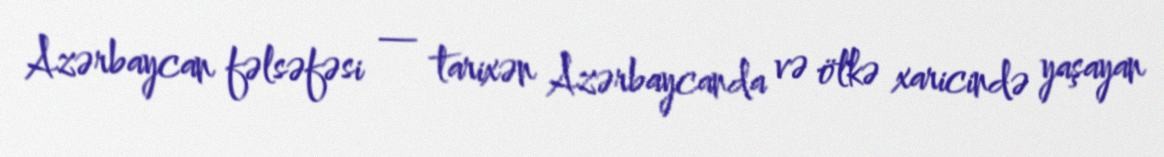
Azərbaycan fəlsəfəsi — tarixən Azərbaycanda və ölkə xaricində yaşayan